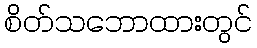
စိတ်သဘောထားတွင်